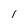
Character: 1